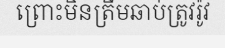
ព្រោះមិនត្រឹមឆាប់ត្រូវរ៉ូវ